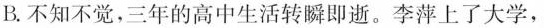
B.不知不觉，三年的高中生活转瞬即逝。李萍上了大学，